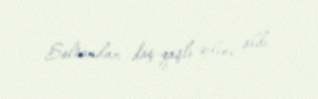
Soltandan daş-qaşlı qılınc aldı.